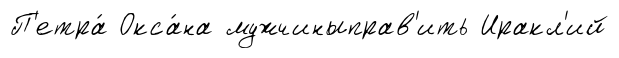
П'етра́ Окса́на мужчиныправ'ить Иракл'ий